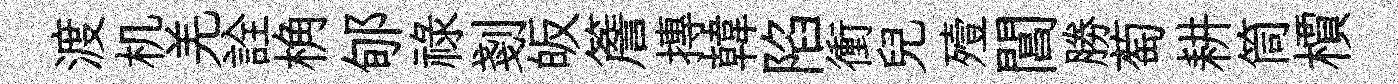
渡机羌詮桷郇禄剗皈簷摶韓陷衝兒殪閶勝萄耕筒檟